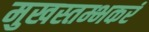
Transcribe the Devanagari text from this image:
मुखस्तम्भकरं